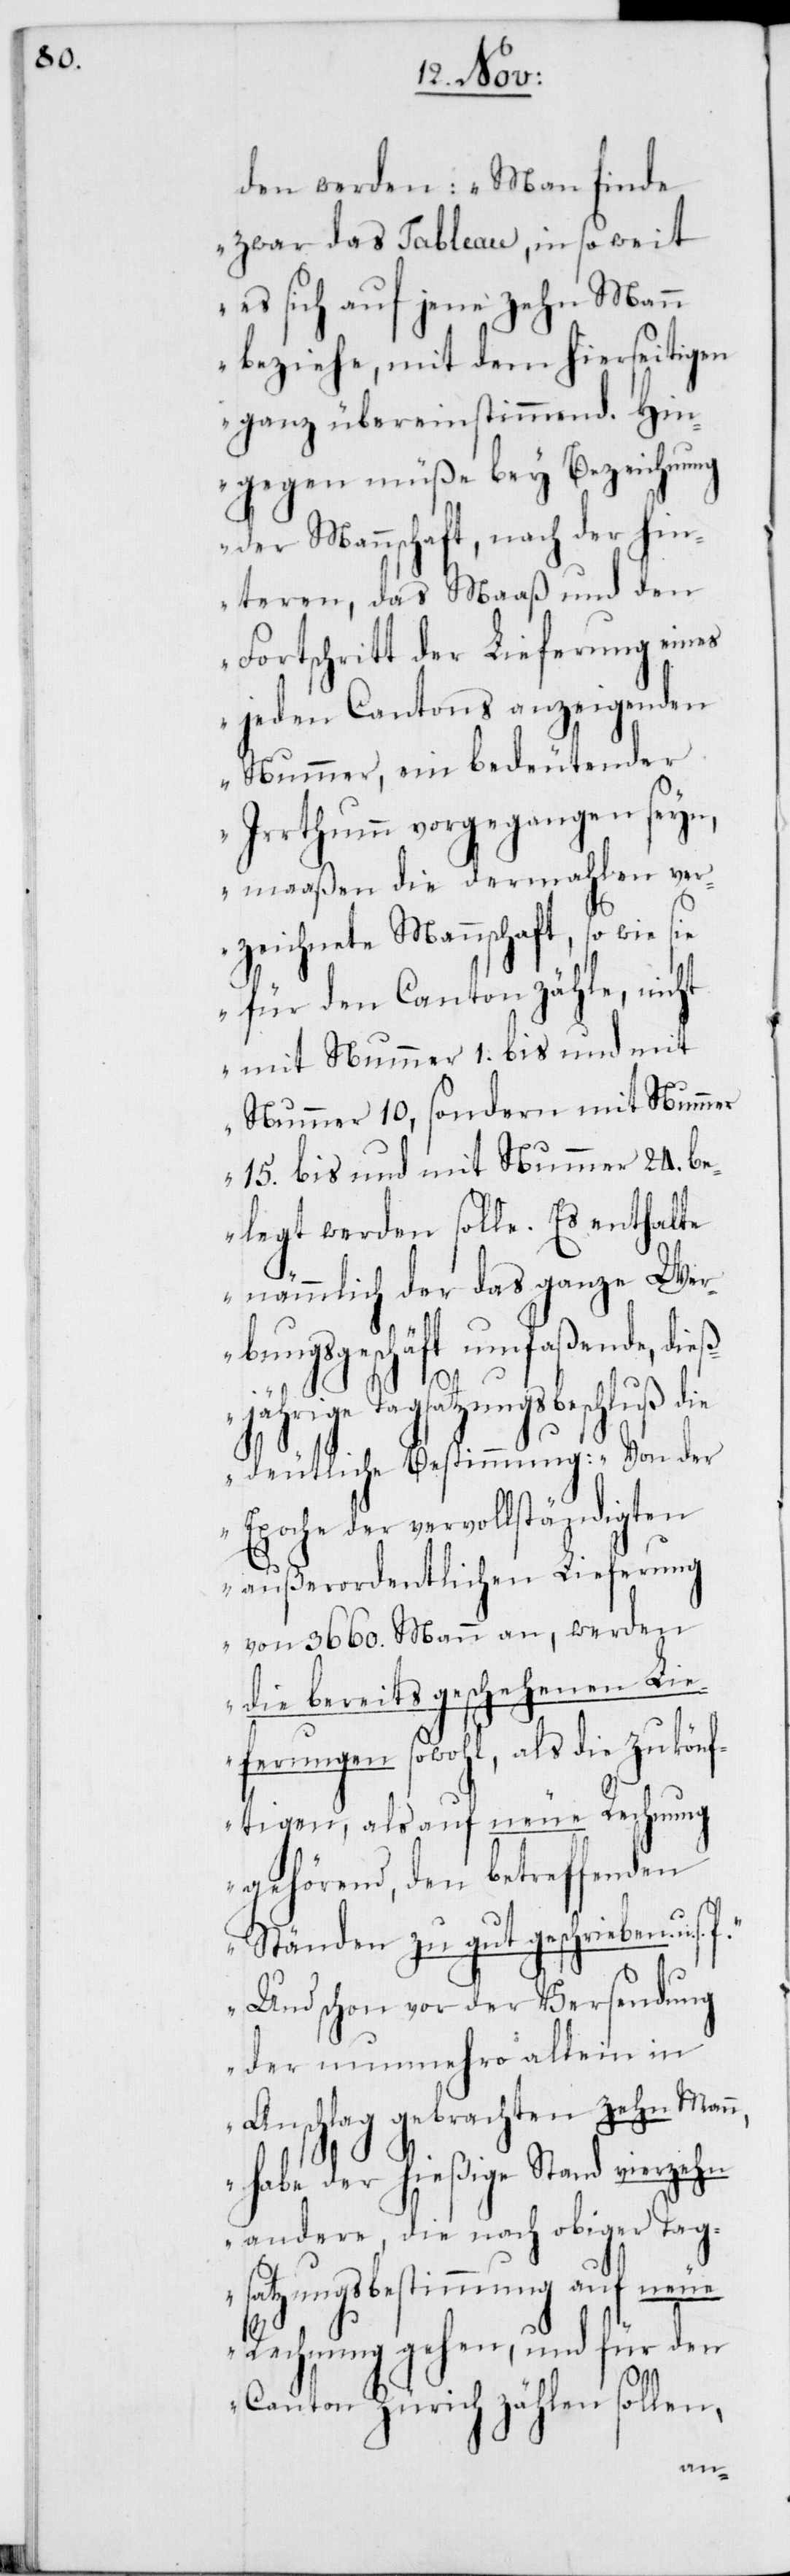
den werden: „Man finde
zwar das Tableau, in so weit
es sich auf jene zehn Mann
beziehe, mit dem hierseitigen
ganz übereinstimmend. Hin¬
gegen müße bey Bezeichnung
der Mannschaft, nach der hin¬
teren, das Maaß und den
Fortschritt der Lieferung eines
jeden Cantons anzeigenden
Nummer, ein bedeutender
Irrthum vorgegangen seyn,
maaßen die dermahlen ver¬
zeichnete Mannschaft, so wie sie
für den Canton zähle, nicht
mit Nummer 1. bis und mit
Nummer 10, sondern mit Nummer
15. bis und mit Nummer 24. b¬
elegt werden solle. Es enthalte
nämmlich der das ganze Wer¬
bungsgeschäft umfaßende, di¬
eßjährige Tagsatzungsbeschluß die
deutliche Bestimmung: „Von der
Epoche der vervollständigten
außerordentlichen Lieferung
von 3660. Mann an, werden
die bereits geschehenen Lie¬
ferungen sowohl, als die zukönf¬
tigen, als auf neue Rechnung
gehörend, den betreffenden
Ständen zu gut geschrieben u. s.
Und schon vor der Versendung
der nunmehro allein in
Anschlag gebrachten zehn Mann,
habe der hießige Stand vierzehn
andere, die nach obiger Tag¬
satzungsbestimmung auf neue
Rechnung gehen, und für den
Canton Zürich zählen sollen,